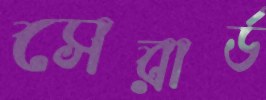
সেরার্ড